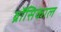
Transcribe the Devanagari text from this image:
ब्रॉसिकाल